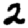
Digit: 2